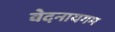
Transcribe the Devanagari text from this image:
वेदनायगम